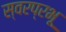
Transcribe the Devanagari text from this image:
स्वरप्रभू